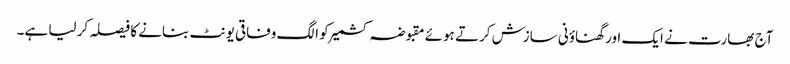
آج بھارت نے ایک اور گھناؤنی سازش کرتے ہوئے مقبوضہ کشمیر کو الگ وفاقی یونٹ بنانے کا فیصلہ کر لیا ہے۔